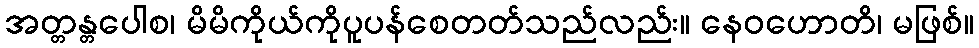
အတ္တန္တပေါစ၊ မိမိကိုယ်ကိုပူပန်စေတတ်သည်လည်း။ နေဝဟောတိ၊ မဖြစ်။